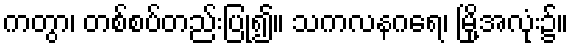
ကတွာ၊ တစ်စပ်တည်းပြု၍။ သကလနဂရေ၊ မြို့အလုံး၌။